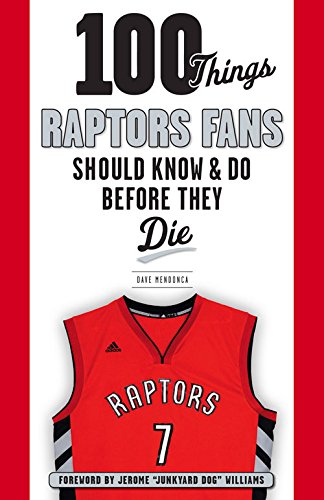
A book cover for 100 Things Raptors Fans Should Know & Do Before They Die (100 Things...Fans Should Know); Dave Mendonca; Travel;